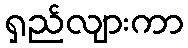
ရှည်လျားကာ